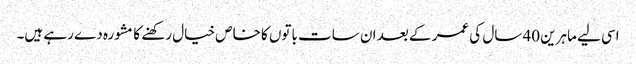
اسی لیے ماہرین 40 سال کی عمر کے بعد ان سات باتوں کا خاص خیال رکھنے کا مشورہ دے رہے ہیں۔